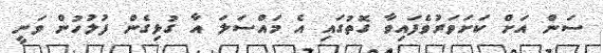
ސަން އަށް ކަށަވަރުވެފައިވާ ގޮތުގައި އެ މައްސަލަ އާ ގުޅިގެން ފުލުހުން ވަނީ